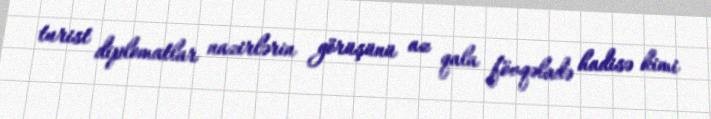
turist diplomatlar nazirlərin görüşünü az qala fövqəladə hadisə kimi